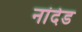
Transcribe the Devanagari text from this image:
ना॑देड